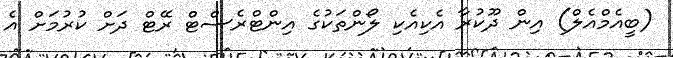
(ބީއެމްއެލް) އިން ދޫކުރާ އެކިއެކި ލޯންތަކުގެ އިންޓްރެސްޓް ރޭޓް ދަށް ކުރުމަށް އެ